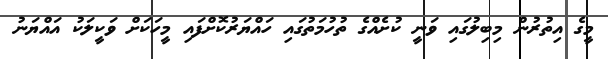
މީގެ އިތުރުން މިބިލުގައި ވަނީ ކުށެއްގެ ތުހުމަތުގައި ހައްޔަރުކޮށްފައި މީހަކަށް ވަކީލަކު އައްޔަނު